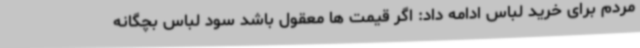
مردم برای خرید لباس ادامه داد: اگر قیمت ها معقول باشد سود لباس بچگانه